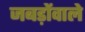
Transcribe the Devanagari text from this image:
जबड़ोंवाले